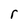
Character: r